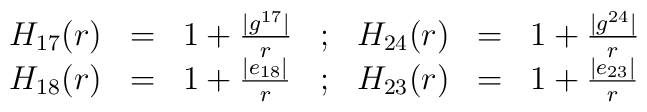
\begin{array}{rclcrcl}H_{17}(r) &=& 1+\frac{\vert g^{17} \vert }{r} &;& H_{24}(r) &=&1+\frac{\vert g^{24} \vert }{r} \\H_{18}(r) &=& 1+\frac{\vert e_{18} \vert }{r} &;& H_{23}(r) &=&1+\frac{\vert e_{23} \vert }{r} \\\end{array}